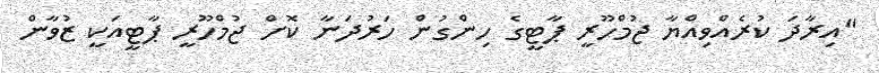
"އިރާދަ ކުރެއްވިއްޔާ ޖުމްހޫރީ ޕާޓީގެ ހިންގުން ހަރުދަނާ ކޮށް ޖުމްހޫރީ ޕާޓީއަކީ ޒުވާން